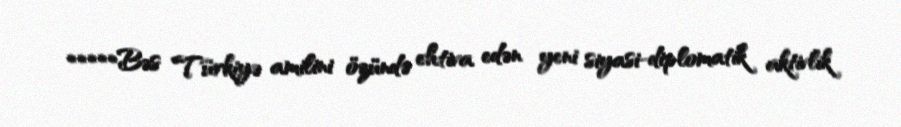
*****Bəs Türkiyə amilini özündə ehtiva edən yeni siyasi-diplomatik aktivlik